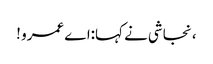
، نجاشی نے کہا:اے عمرو !